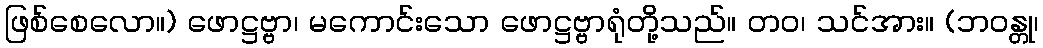
ဖြစ်စေလော။) ဖောဋ္ဌဗ္ဗာ၊ မကောင်းသော ဖောဋ္ဌဗ္ဗာရုံတို့သည်။ တဝ၊ သင်အား။ (ဘဝန္တု၊